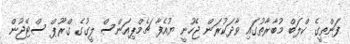
ފަންތީގެ ކްލަބް މުބާރާތުގައި ވާދަކުރަން ޖެހުނީ ޔުއެފާ ޗެމްޕިއަންސް ލީގުގެ ގްރޫޕް ސްޓޭޖުން